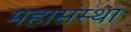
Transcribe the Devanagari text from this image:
महासंस्था